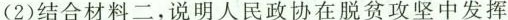
(2)结合材料二，说明人民政协在脱贫攻坚中发挥